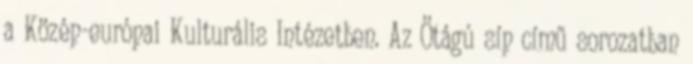
a Közép-európai Kulturális Intézetben. Az Ötágú síp című sorozatban